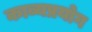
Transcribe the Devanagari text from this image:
काव्यप्रयोग